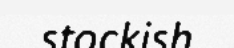
stockish